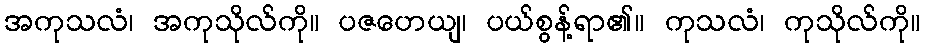
အကုသလံ၊ အကုသိုလ်ကို။ ပဇဟေယျ၊ ပယ်စွန့်ရာ၏။ ကုသလံ၊ ကုသိုလ်ကို။